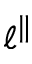
\ell ^ { \parallel }